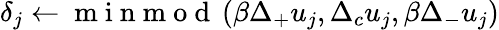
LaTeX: \delta_{j}\gets\mathrm{~m~i~n~m~o~d~}\left(\beta\Delta_{+}u_{j},\Delta_{c}u_{j},\beta\Delta_{-}u_{j}\right)